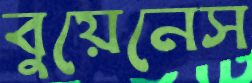
বুয়েনেস